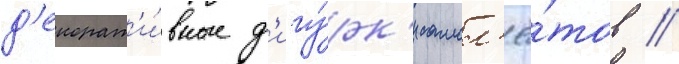
д'екорат'и́вные ф'игу́рк'и самол'ё́тов /